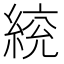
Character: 𦁙